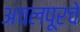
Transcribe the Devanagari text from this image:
अचलपूरचे